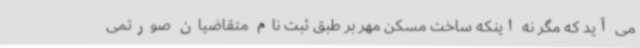
می آید که مگر نه اینکه ساخت مسکن مهر بر طبق ثبت نام متقاضیان صورتمی